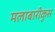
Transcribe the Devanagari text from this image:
मलाबारीकुस